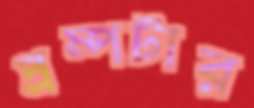
প্রম্পটার